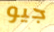
جيو